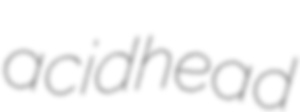
acidhead